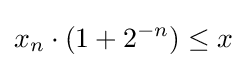
x_{n}\cdot (1+2^{-n})\leq x